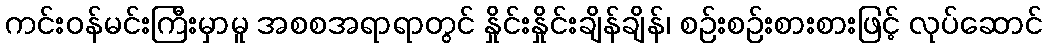
ကင်းဝန်မင်းကြီးမှာမူ အစစအရာရာတွင် နှိုင်းနှိုင်းချိန်ချိန်၊ စဉ်းစဉ်းစားစားဖြင့် လုပ်ဆောင်